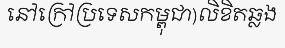
នៅក្រៅប្រទេសកម្ពុជា)លិខិតឆ្លង